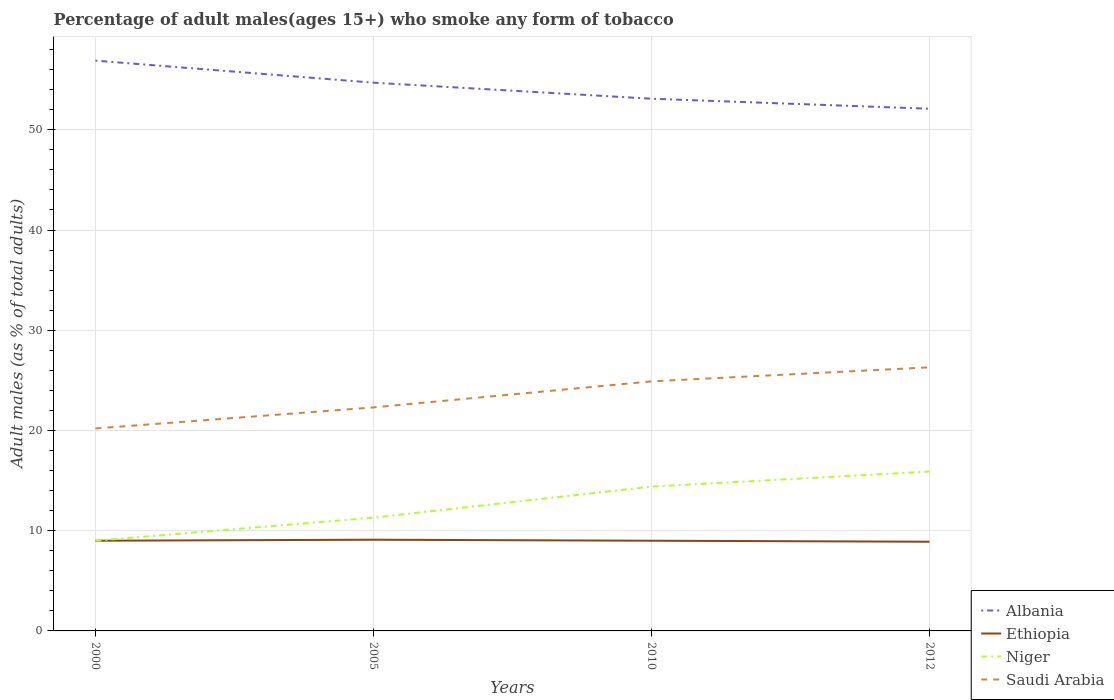
| Years | Albania | Ethiopia | Niger | Saudi Arabia |
 | --- | --- | --- | --- | --- |
 | 2000 | 56.9 | 9 | 9 | 20.2 |
 | 2005 | 54.7 | 9.1 | 11.3 | 22.3 |
 | 2010 | 53.1 | 9 | 14.4 | 24.9 |
 | 2012 | 52.1 | 8.9 | 15.9 | 26.3 |